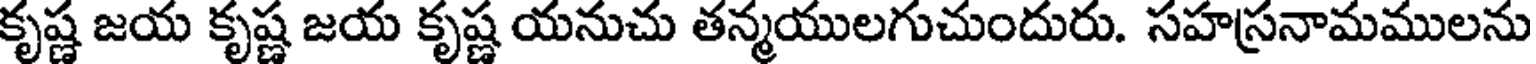
కృష్ణ జయ కృష్ణ జయ కృష్ణ యనుచు తన్మయులగుచుందురు. సహస్రనామములను